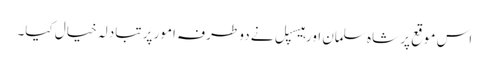
اس موقع پر شاہ سلمان اور ہیسپل نے دو طرفہ امور پر تبادلہ خیال کیا۔